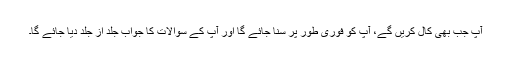
آپ جب بھی کال کریں گے، آپ کو فوری طور پر سُنا جائے گا اور آپ کے سوالات کا جواب جلد از جلد دیا جائے گا۔